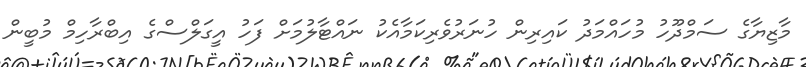
މާޒިޔާގެ ސަމްދޫހު މުހައްމަދު ކައިރިން ހުނަރުވެރިކަމާއެެކު ނައްޓާލުމަށް ފަހު އީގަލްސްގެ އިބްރާހިމް މުބީން